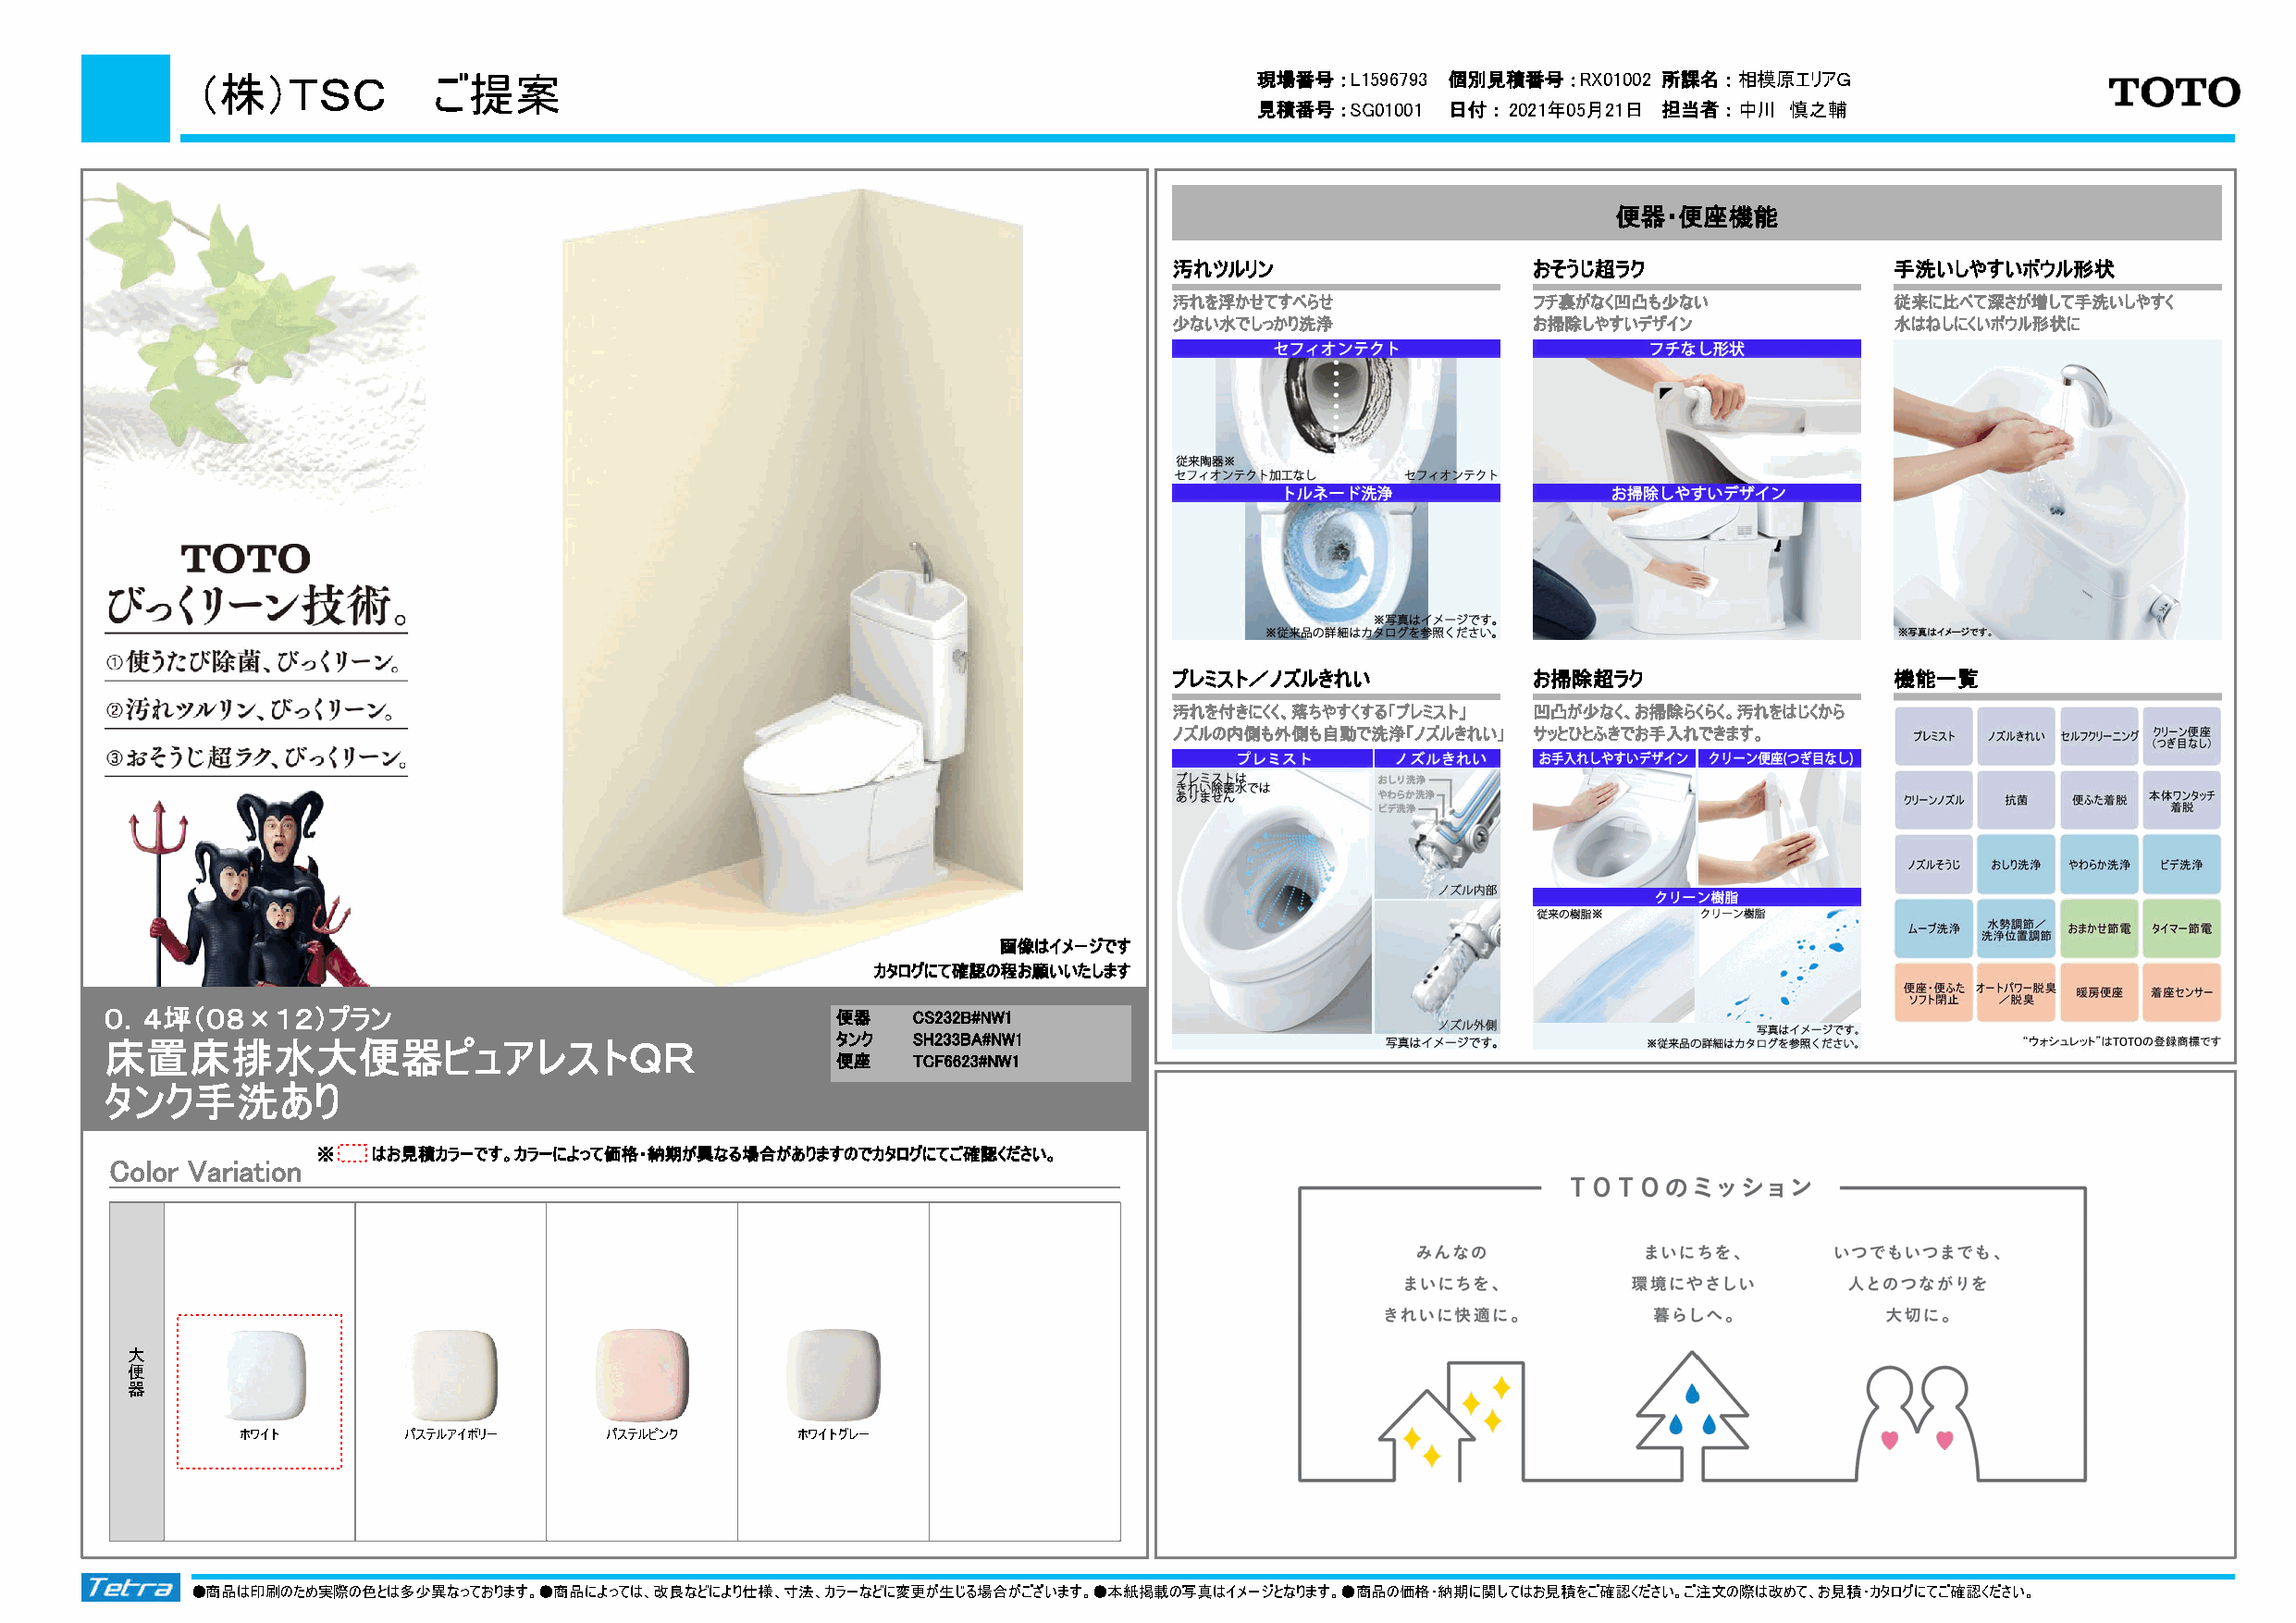
（株）ＴＳＣ様ご提案                                                                  現場番号：L1596793 個別見積番号：RX01002 所課名：相模原エリアＧ
 見積番号：SG01001  日付：2021年05月21日 担当者：中川   慎之輔
 便器・便座機能
 汚れツルリン                    おそうじ超ラク                  手洗いしやすいボウル形状
 汚れを浮かせてすべらせ               フチ裏がなく凹凸も少ない             従来に比べて深さが増して手洗いしやすく
 少ない水でしっかり洗浄               お掃除しやすいデザイン              水はねしにくいボウル形状に
 プレミスト／ノズルきれい              お掃除超ラク                   機能一覧
 汚れを付きにくく、落ちやすくする「プレミスト」   凹凸が少なく、お掃除らくらく。汚れをはじくから
 ノズルの内側も外側も自動で洗浄「ノズルきれい」   サッとひとふきでお手入れできます。
 画像はイメージです
 カタログにて確認の程お願いいたします
 ０．４坪（０８×１２）プラン                                       便器   CS232B#NW1
 床置床排水大便器ピュアレストＱＲ                                     タンク  SH233BA#NW1
 便座   TCF6623#NW1
 タンク手洗あり
 ※   はお見積カラーです。カラーによって価格・納期が異なる場合がありますのでカタログにてご確認ください。
 Color Variation
 大
 便
 器
 ホワイト        パステルアイボリー     パステルピンク       ホワイトグレー
 ●商品は印刷のため実際の色とは多少異なっております。●商品によっては、改良などにより仕様、寸法、カラーなどに変更が生じる場合がございます。●本紙掲載の写真はイメージとなります。●商品の価格・納期に関してはお見積をご確認ください。ご注文の際は改めて、お見積・カタログにてご確認ください。